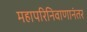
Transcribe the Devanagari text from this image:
महापरिनिवाणानंतर